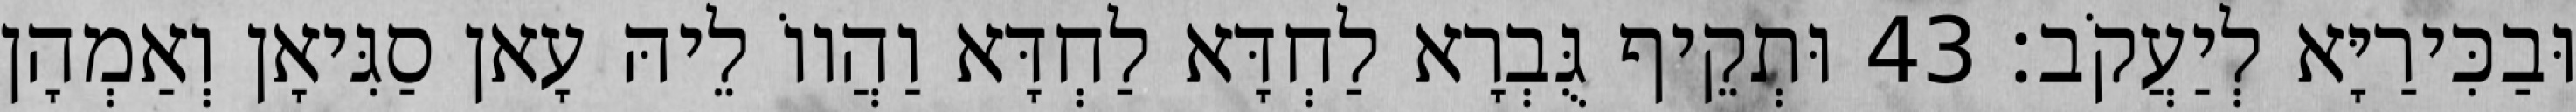
וּבַכִּירַיָּא לְיַעֲקֹב׃ 43 וּתְקֵיף גֻּבְרָא לַחְדָּא לַחְדָּא וַהֲווֹ לֵיהּ עָאן סַגִּיאָן וְאַמְהָן